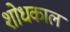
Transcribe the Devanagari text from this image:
शोधकाल